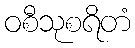
ဝစီသုစရိတံ